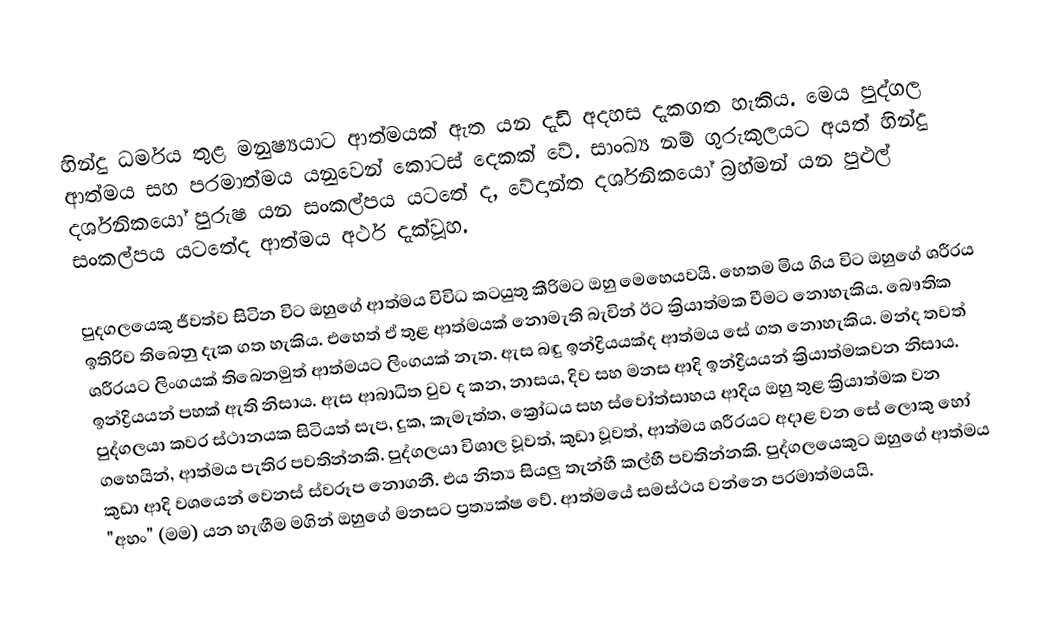
හින්දු ධර්මය තුළ  මනුෂ්‍යයාට ආත්මයක් ඇත  යන දැඩි අදහස දැකගත හැකිය. මෙය පුද්ගල ආත්මය සහ පරමාත්මය යනුවෙන් කොටස් දෙකක් වේ. සාංඛ්‍ය නම් ගුරුකුලයට අයත් හින්දු දර්ශනිකයෝ පුරුෂ යන සංකල්පය යටතේ ද, වේදාන්ත දර්ශනිකයෝ බ්‍රහ්මන් යන පුළුල් සංකල්පය යටතේද ආත්මය අර්ථ දැක්වූහ.

පුදගලයෙකු ජීවත්ව සිටින විට ඔහුගේ ආත්මය විවිධ කටයුතු කීරිමට ඔහු මෙහෙයවයි. හෙතම මිය ගිය විට ඔහුගේ ශරීරය ඉතිරිව තිබෙනු දැක ගත හැකිය. එහෙත් ඒ තුළ ආත්මයක් නොමැති බැවින් ඊට ක්‍රියාත්මක වීමට නොහැකිය. බෞතික ශරීරයට ලිංගයක් තිබෙනමුත් ආත්මයට ලිංගයක් නැත. ඇස බඳු ඉන්ද්‍රියයක්ද ආත්මය සේ ගත නොහැකිය. මන්ද තවත් ඉන්ද්‍රියයන් පහක් ඇති නිසාය. ඇස ආබාධිත වුව ද කන, නාසය, දිව සහ මනස ආදි ඉන්ද්‍රියයන්  ක්‍රියාත්මකවන නිසාය. පුද්ගලයා කවර ස්ථානයක සිටියත් සැප, දුක, කැමැත්ත, ක්‍රෝධය සහ ස්වෝත්සාහය ආදිය ඔහු තුළ ක්‍රියාත්මක වන ගහෙයින්, ආත්මය පැතිර පවතින්නකි. පුද්ගලයා විශාල වූවත්, කුඩා වූවත්, ආත්මය ශරීරයට අදාළ වන සේ ලොකු හෝ කුඩා ආදි වශයෙන් වෙනස් ස්වරූප නොගනී. එය නිත්‍ය සියලු තැන්හී කල්හී පවතින්නකි. පුද්ගලයෙකුට ඔහුගේ ආත්මය "අහං" (මම) යන හැඟීම මගින් ඔහුගේ මනසට ප්‍රත්‍යක්ෂ වේ. ආත්මයේ සමස්ථය වන්නෙ පරමාත්මයයි.